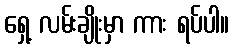
ရှေ့ လမ်းချိုးမှာ ကား ရပ်ပါ။